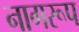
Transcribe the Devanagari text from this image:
नागरूप